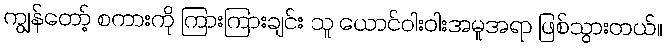
ကျွန်တော့် စကားကို ကြားကြားချင်း သူ ယောင်ဝါးဝါးအမူအရာ ဖြစ်သွားတယ်။